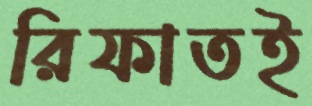
রিফাতই